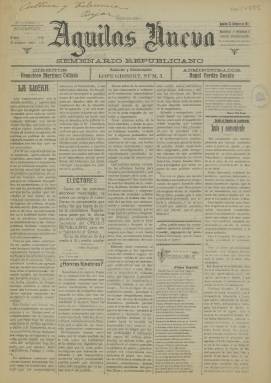
Título: Águilas nueva
Colección: Periódicos
Ámbito geográfico: Murcia
Lugar de publicación: Águilas [Murcia]
Fechas: 22/10/1911-22/10/1911

Semanario de ideario republicano editado en esta localidad murciana desde 1909 hasta 1915. La Biblioteca Nacional de España solo posee un número de este periódico, el número 66 correspondiente al 22 de octubre de 1911. La publicación estaba dirigida por Francisco Martínez Collado, periodista y escritor que dirigiría ya en su madurez en tiempos de la II República otro semanario titulado Renovación y que murió enfermo en prisión tras la Guerra Civil.

  El contenido de Águilas nueva, que constaba de cuatro páginas, estaba fuertemente marcado por la lucha política a excepción de la última página dedicada a anuncios publicitarios con los cuales el editor se proporcionaría los ingresos que le permitirían mantener vivo el periódico. Aunque como se ve en el número en posesión por la BNE quedaban espacios blancos al no ser suficiente la publicidad para llenar la página.

   En esos años la localidad de Águilas tenía más de 15.000 habitantes, una población suficiente para contar con prensa local, aunque un periódico republicano a duras penas podía subsistir dado que era todavía un ideario minoritario.

  El periódico era sin embargo combativo, como se comprueba con la lectura de algunos de sus textos. Por ejemplo, este suelto publicado en letra cursiva en portada: ‘¿Han podido acaso los conservadores aguileños justificar ante el pueblo algunos de los escandalosos latrocinios que les hemos lanzado al rostro?’.

   Los artículos de política municipal y también de interés nacional dejaban poco margen para la información propiamente dicha, aunque también había noticias locales de todo tipo tanto de Lorca como de otras poblaciones del alrededor

  Es curioso el recordatorio que se hace en el periódico de la muerte del fundador de la Escuela Moderna, el pedagogo anarquista Francisco Ferrer Guardia, fusilado en Barcelona en 1909 tras ser acusado de instigar los sucesos de la llamada Semana Trágica. Habían pasado ya dos años de su muerte, pero su memoria permanecía viva en la prensa republicana como se puede comprobar en este pequeño periódico de Águilas.

[Descripción publicada el 13/03/2023]